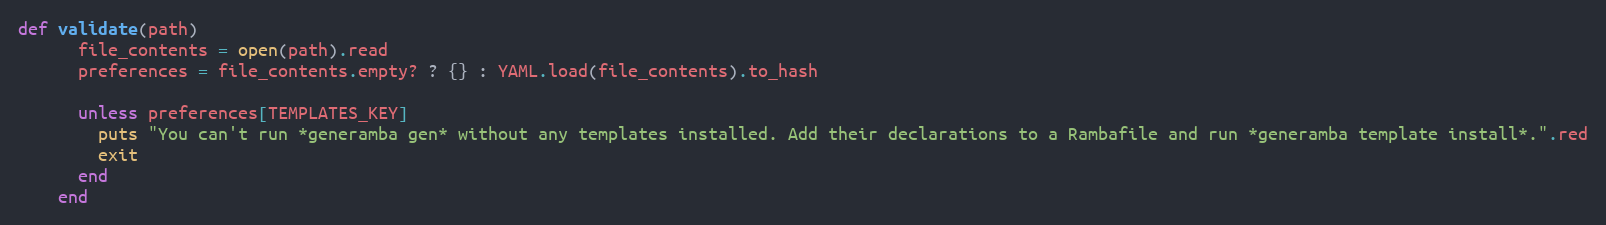
Language: Ruby
def validate(path)
      file_contents = open(path).read
      preferences = file_contents.empty? ? {} : YAML.load(file_contents).to_hash

      unless preferences[TEMPLATES_KEY]
        puts "You can't run *generamba gen* without any templates installed. Add their declarations to a Rambafile and run *generamba template install*.".red
        exit
      end
    end